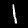
Digit: 1